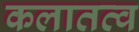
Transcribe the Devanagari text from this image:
कलातत्व